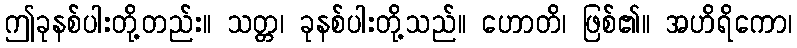
ဤခုနစ်ပါးတို့တည်း။ သတ္တ၊ ခုနစ်ပါးတို့သည်။ ဟောတိ၊ ဖြစ်၏။ အဟိရိကော၊